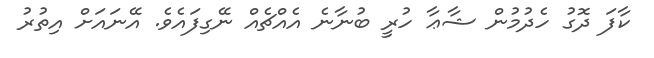
ކާފަ ދޮގު ހެދުމުން ޝާޢާ ހުރީ ބުނާނެ އެއްޗެއް ނޭގިފައެވެ. އޭނައަށް އިތުރު